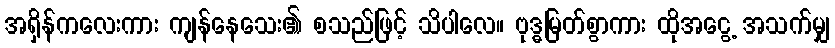
အရှိန်ကလေးကား ကျန်နေသေး၏ စသည်ဖြင့် သိပါလေ။ ဗုဒ္ဓမြတ်စွာကား ထိုအငွေ့ အသက်မျှ